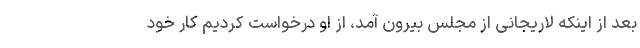
بعد از اینکه لاریجانی از مجلس بیرون آمد، از او درخواست کردیم کار خود